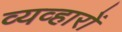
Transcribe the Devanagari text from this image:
व्यव्हारों